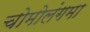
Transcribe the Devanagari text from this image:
चोमोलंगमा